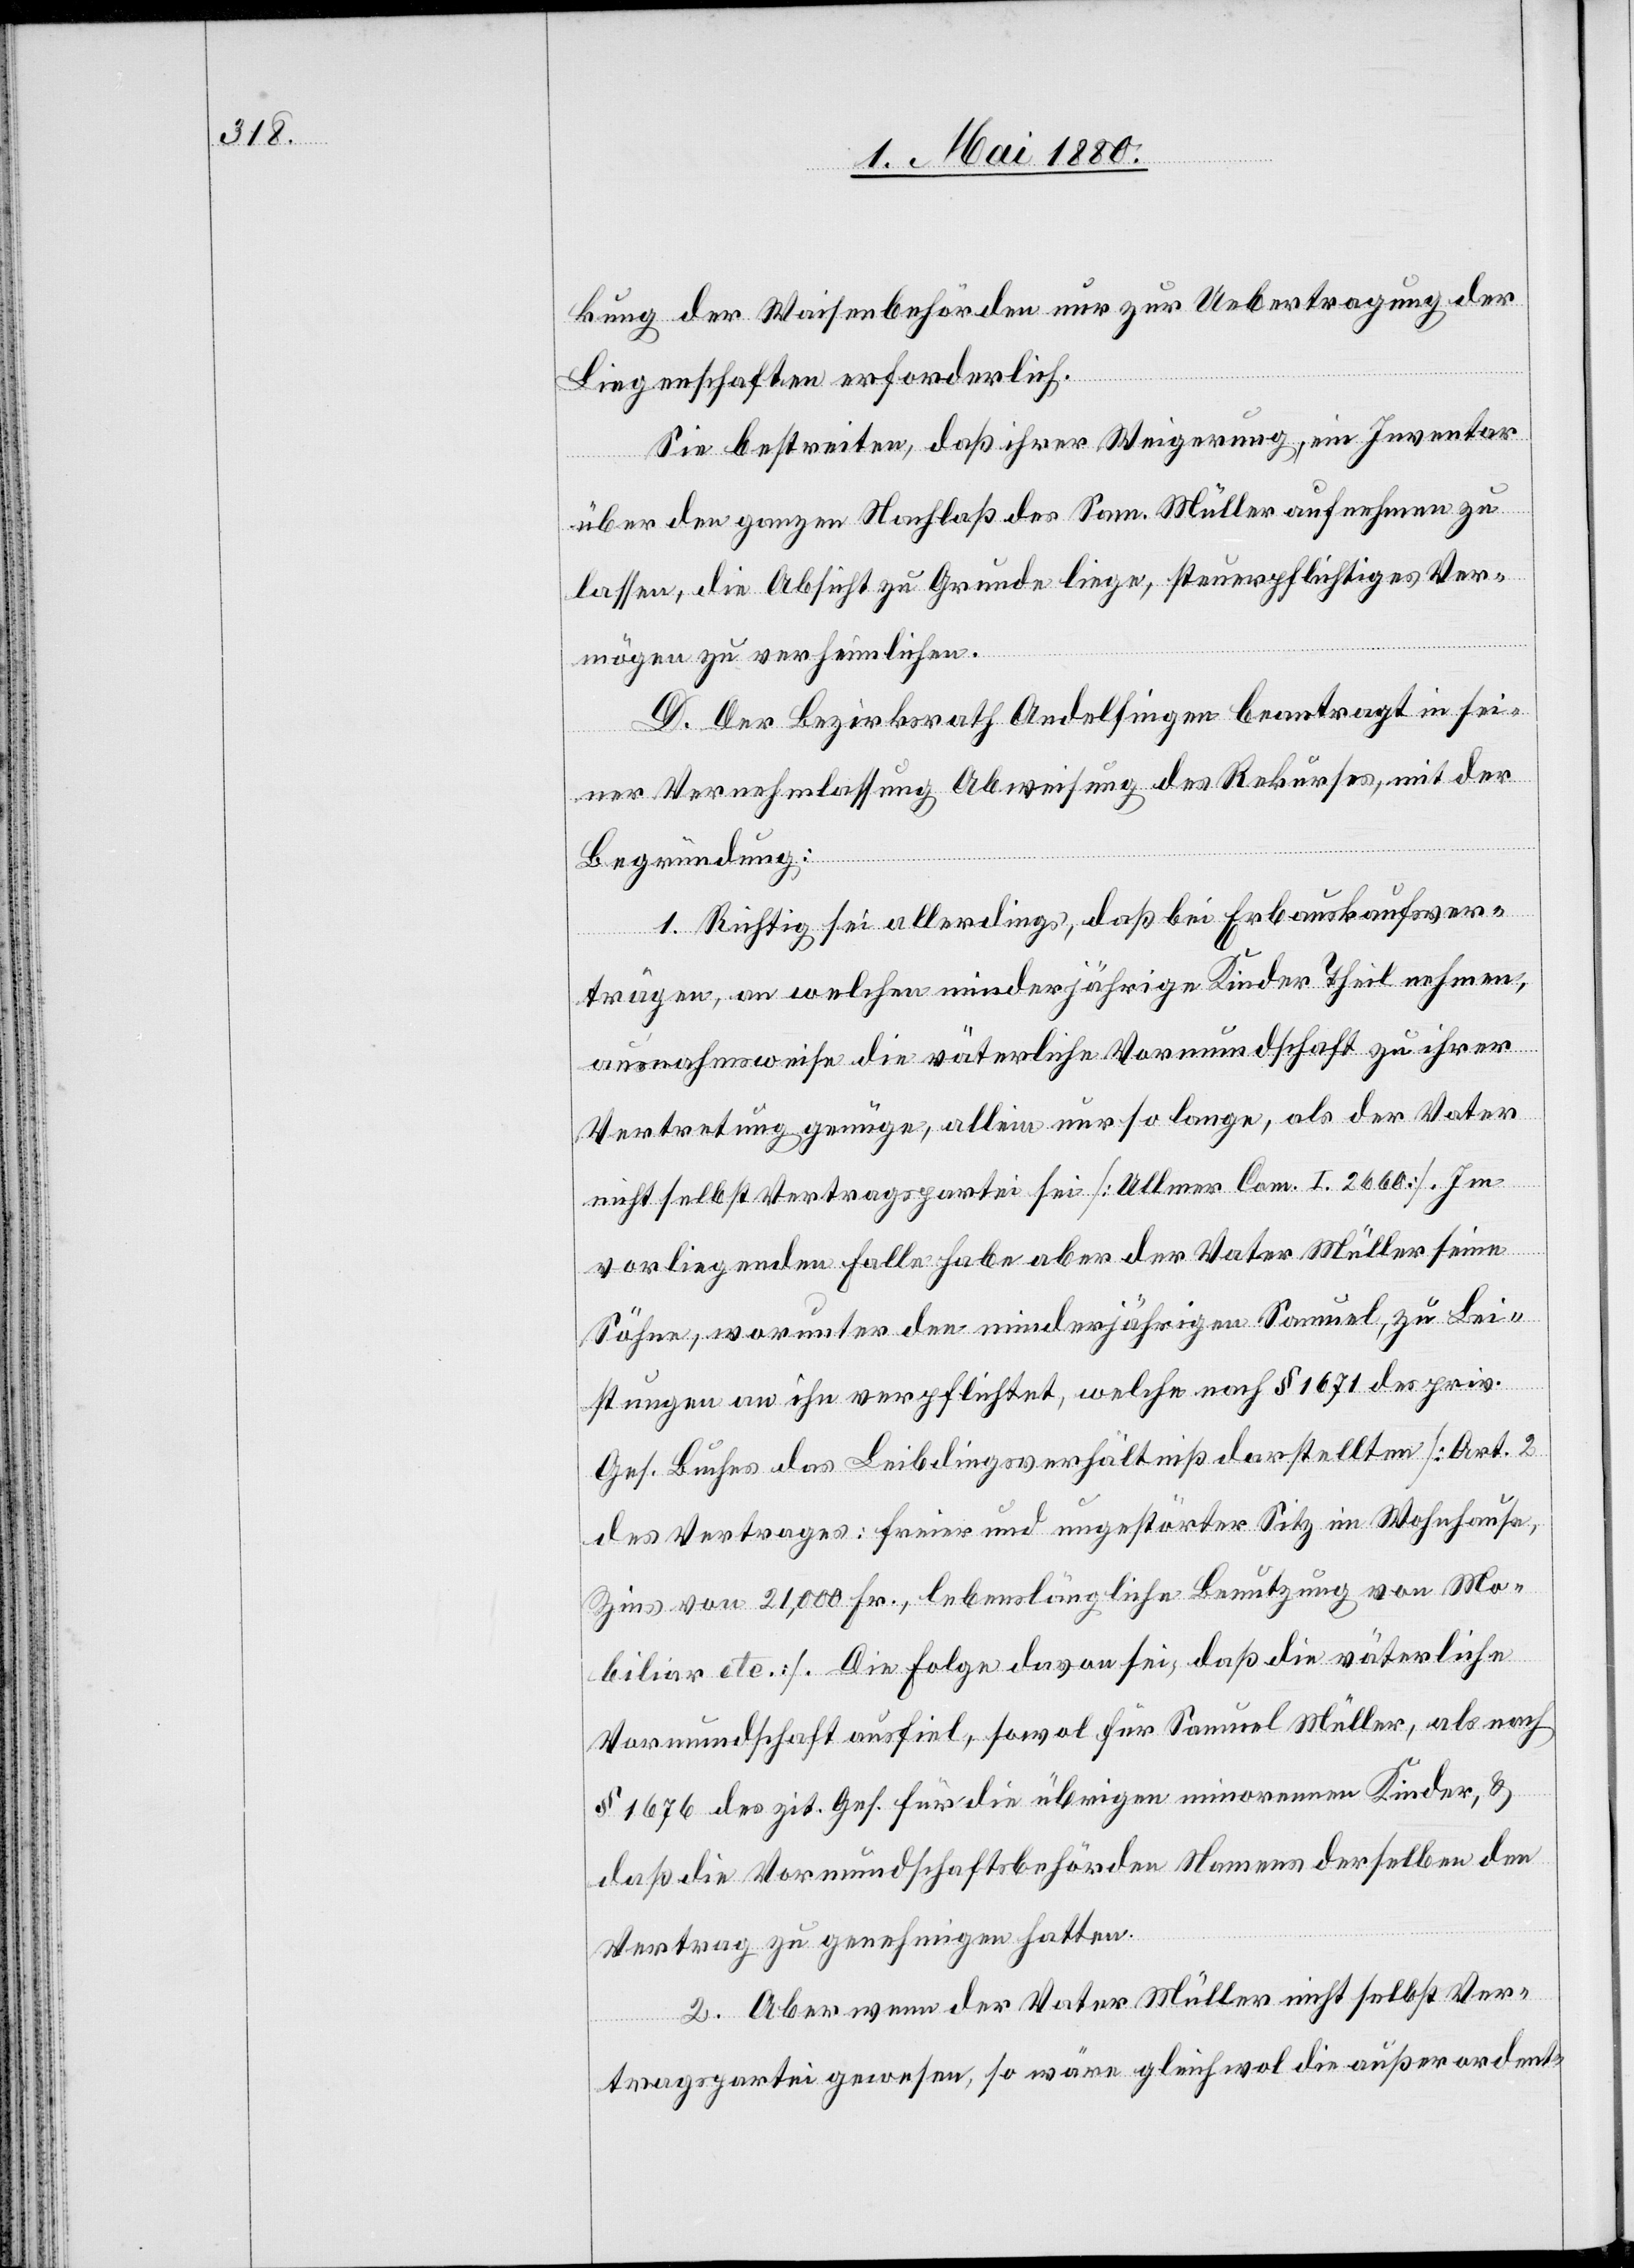
kung der Waisenbehörden nur zur Uebertragung der
Liegenschaften erforderlich.
Sie bestreiten, daß ihrer Weigerung, ein Inventar
über den ganzen Nachlaß des Sam. Müller aufnehmen zu
lassen, die Absicht zu Grunde liege, steuerpflichtiges Ver¬
mögen zu verheimlichen.
D. Der Bezirksrath Andelfingen beantragt in sei¬
ner Vernehmlassung Abweisung des Rekurses, mit der
Begründung:
1. Richtig sei allerdings, daß bei Erbauskaufsver¬
trägen, an welchen minderjährige Kinder Theil nehmen,
ausnahmsweise die väterliche Vormundschaft zu ihrer
Vertretung genüge, allein nur so lange, als der Vater
nicht selbst Vertragspartei sei [Ullmer Com. I 2660]. Im
vorliegenden Falle habe aber der Vater Müller seine
Söhne, worunter den minderjährigen Samuel, zu Lei¬
stungen an ihn verpflichtet, welche nach § 1671 des priv.
Ges. Buches das Leibdingsverhältniß darstellen [Art. 2
des Vertrages: freier und ungestörter Sitz im Wohnhause,
Zins von 21,000 Fr., lebenslängliche Benutzung von Mo¬
biliar etc.]. Die Folge davon sei, daß die väterliche
Vormundschaft ausfiel, sowol für Samuel Müller, als nach
§ 1676 des zit. Ges. für die übrigen minorenen Kinder, &
daß die Vormundschaftsbehörden Namens derselben den
Vertrag zu genehmigen hatten.
2. Aber wenn der Vater Müller nicht selbst Ver¬
tragspartei gewesen, so wäre gleichwol die außerordent-